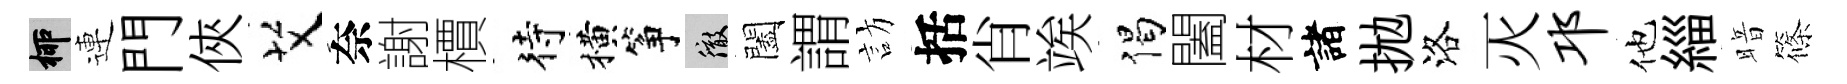
柳連門俠艾奈謝檟待横筝徹闔謂訪括肖竢偈闔材諸拋洛灭邛他緇暗篠